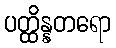
ပတ္ထိန္နတရော